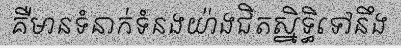
គឺមានទំនាក់ទំនងយ៉ាងជិតស្និទ្ធិទៅនឹង